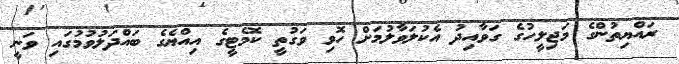
ރައްޔިތުންގެ މަޖިލީހުގެ ގަވާއިދު އެކުލަވާލުމަށް ހޮވި ވަގުތީ ކޮމެޓީގެ އިއްޔެގެ ބައްދަލުވުމުގައި ވަނީ